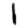
Digit: 1